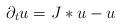
LaTeX: \begin{align*}\partial _t u=J*u-u\end{align*}